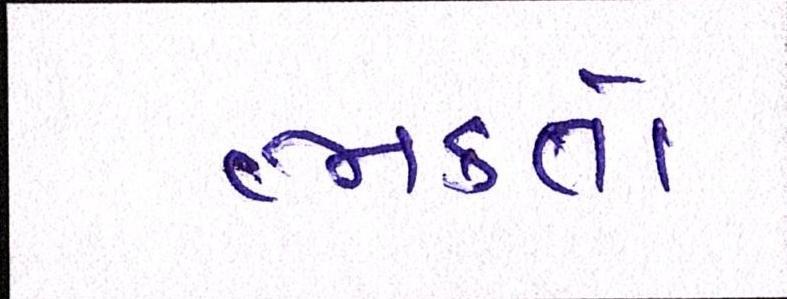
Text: ભક્તો